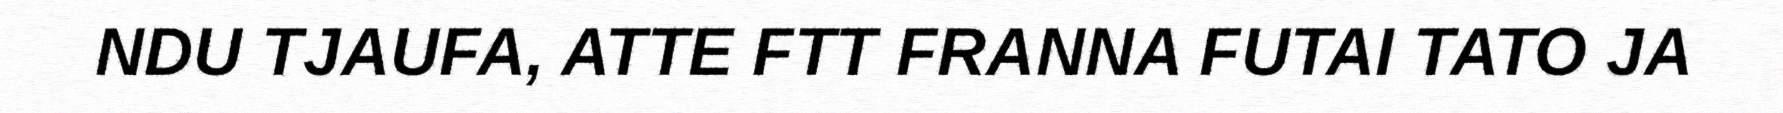
NDU TJAUFA, ATTE FTT FRANNA FUTAI TATO JA